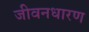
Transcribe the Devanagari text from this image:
जीवनधारण